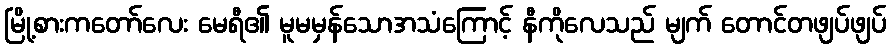
မြို့စားကတော်လေး မေရီ၏ မူမမှန်သောအသံကြောင့် နီကိုလေသည် မျက် တောင်တဖျပ်ဖျပ်